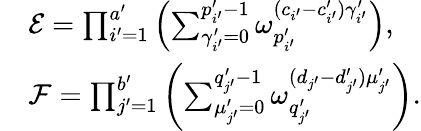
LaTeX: \begin{array}{rl}&{\mathcal{E}=\prod_{i^{\prime}=1}^{a^{\prime}}\left(\sum_{\gamma_{i^{\prime}}^{\prime}=0}^{p_{i^{\prime}}^{\prime}-1}\omega_{p_{i^{\prime}}^{\prime}}^{(c_{i^{\prime}}-c_{i^{\prime}}^{\prime})\gamma_{i^{\prime}}^{\prime}}\right),}\\ &{\mathcal{F}=\prod_{j^{\prime}=1}^{b^{\prime}}\left(\sum_{\mu_{j^{\prime}}^{\prime}=0}^{q_{j^{\prime}}^{\prime}-1}\omega_{q_{j^{\prime}}^{\prime}}^{(d_{j^{\prime}}-d_{j^{\prime}}^{\prime})\mu_{j^{\prime}}^{\prime}}\right).}\end{array}